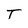
Character: T